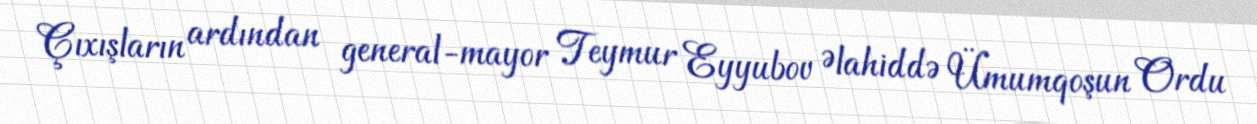
Çıxışların ardından general-mayor Teymur Eyyubov Əlahiddə Ümumqoşun Ordu